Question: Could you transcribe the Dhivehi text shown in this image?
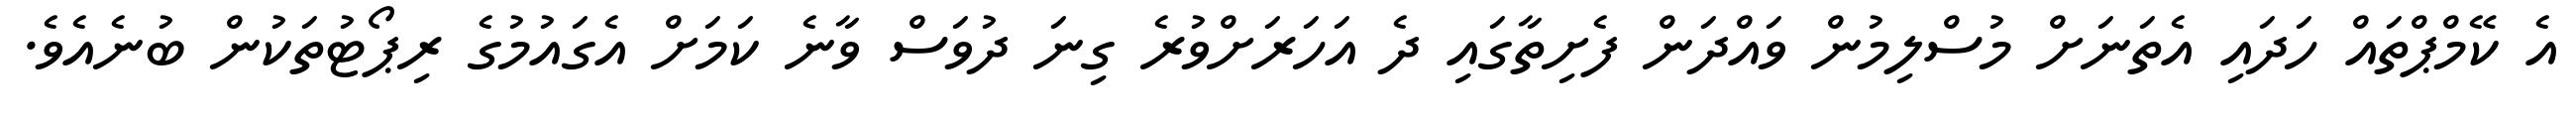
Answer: އެ ކޭމްޕްތައް ހަދައި އެތަނަށް މުސްލިމުން ވައްދަން ފެށިތާގައި ދެ އަހަރަށްވުރެ ގިނަ ދުވަސް ވާނެ ކަމަށް އެގައުމުގެ ރިޕޯޓުތަކުން ބުނެއެވެ.